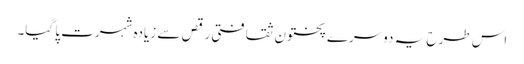
اس طرح یہ دوسرے پختون ثقافتی رقص سے زیادہ شہرت پا گیا۔